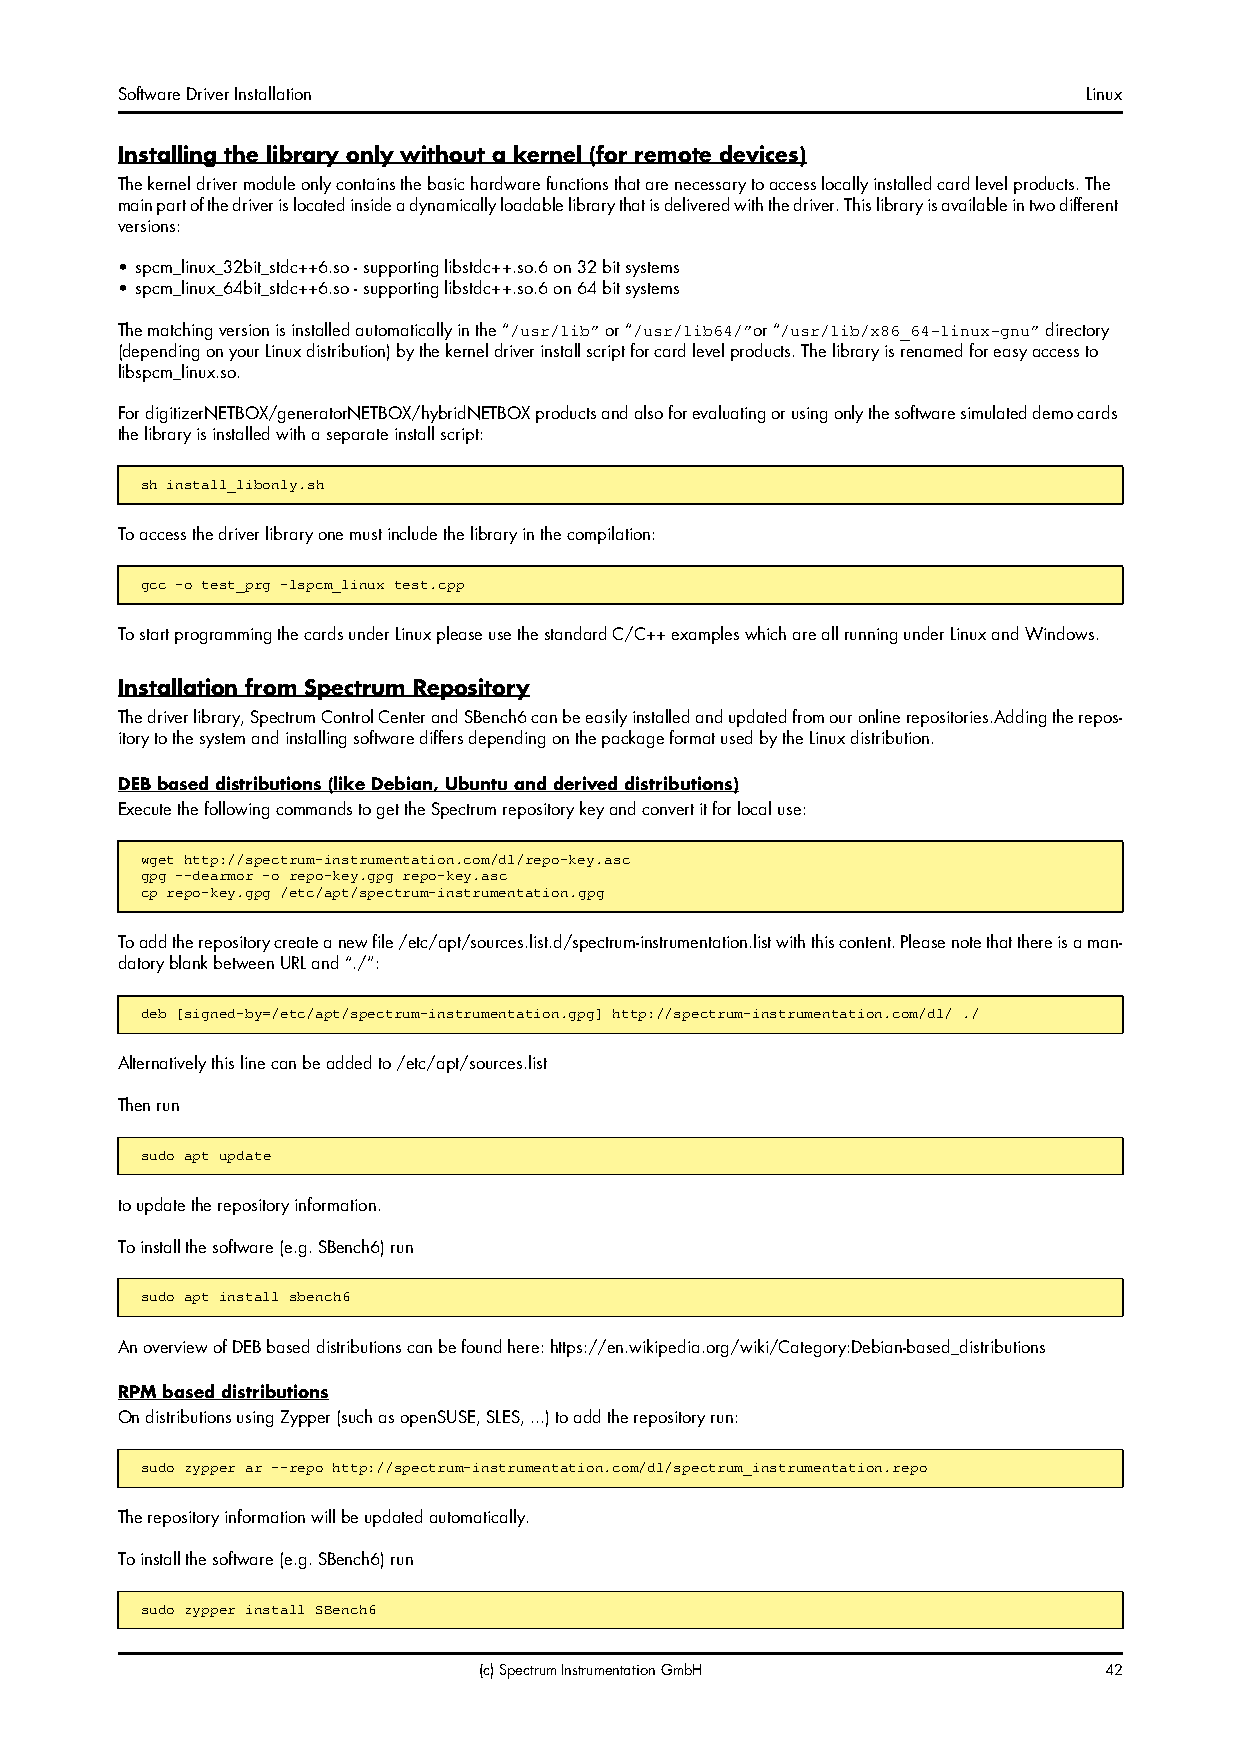
Software Driver Installation                                    Linux
 Installing the library only without a kernel (for remote devices)
 The kernel driver module only contains the basic hardware functions that are necessary to access locally installed card level products. The
 main part of the driver is located inside a dynamically loadable library that is delivered with the driver. This library is available in two different
 versions:
 • spcm_linux_32bit_stdc++6.so - supporting libstdc++.so.6 on 32 bit systems
 • spcm_linux_64bit_stdc++6.so - supporting libstdc++.so.6 on 64 bit systems
 The matching version is installed automatically in the “ or “ or “ directory
 /usr/lib” /usr/lib64/” /usr/lib/x86_64-linux-gnu”
 (depending on your Linux distribution) by the kernel driver install script for card level products. The library is renamed for easy access to
 libspcm_linux.so.
 For digitizerNETBOX/generatorNETBOX/hybridNETBOX products and also for evaluating or using only the software simulated demo cards
 the library is installed with a separate install script:
 sh install_libonly.sh
 To access the driver library one must include the library in the compilation:
 gcc -o test_prg -lspcm_linux test.cpp
 To start programming the cards under Linux please use the standard C/C++ examples which are all running under Linux and Windows.
 Installation from Spectrum Repository
 The driver library, Spectrum Control Center and SBench6 can be easily installed and updated from our online repositories.Adding the repos-
 itory to the system and installing software differs depending on the package format used by the Linux distribution.
 DEB based distributions (like Debian, Ubuntu and derived distributions)
 Execute the following commands to get the Spectrum repository key and convert it for local use:
 wget http://spectrum-instrumentation.com/dl/repo-key.asc
 gpg --dearmor -o repo-key.gpg repo-key.asc
 cp repo-key.gpg /etc/apt/spectrum-instrumentation.gpg
 To add the repository create a new file /etc/apt/sources.list.d/spectrum-instrumentation.list with this content. Please note that there is a man-
 datory blank between URL and “./”:
 deb [signed-by=/etc/apt/spectrum-instrumentation.gpg] http://spectrum-instrumentation.com/dl/ ./
 Alternatively this line can be added to /etc/apt/sources.list
 Then run
 sudo apt update
 to update the repository information.
 To install the software (e.g. SBench6) run
 sudo apt install sbench6
 An overview of DEB based distributions can be found here: https://en.wikipedia.org/wiki/Category:Debian-based_distributions
 RPM based distributions
 On distributions using Zypper (such as openSUSE, SLES, ...) to add the repository run:
 sudo zypper ar --repo http://spectrum-instrumentation.com/dl/spectrum_instrumentation.repo
 The repository information will be updated automatically.
 To install the software (e.g. SBench6) run
 sudo zypper install SBench6
 (c) Spectrum Instrumentation GmbH        42